Vaccination in the Punjab 1867-1880 - 1867-1880
Year: 1867
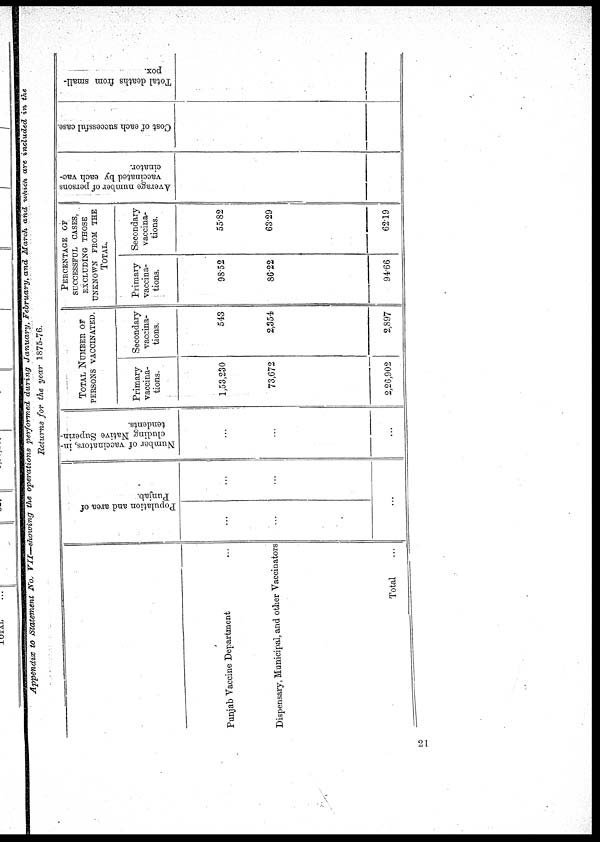
Appendix to Statement No. VII-showing
the operations performed during January, February, and March and which are included in the
Returns for the year 1875-76.
Punjab Vaccine Department ...
Dispensary, Municipal, and other Vaccinators
Total ...
Population and area of
Punjab.
...
...
...
...
...
Number of vaccinators, in¬
cluding Native Superin-
tendents.
...
...
...
TOTAL NUMBER OF
PERSONS VACCINATED.
Primary
vaccina-
tions.
1,53,230
73,672
2,26,902
Secondary-
vaccina-
tions.
543
2,354
2,897
PERCENTAGE OF
SUCCESSFUL CASES,
EXCLUDING THOSE
UNKNOWN FROM THE
TOTAL.
Primary
vaccina-
tions.
98.52
86.22
94.66
Secondary
vaccina-
tions.
55.82
63.29
62.19
Average number of persons
vaccinated by each vac¬
cinator.
Cost of each successful case.
Total deaths from small-
pox.
21